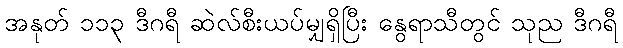
အနုတ် ၁၁၃ ဒီဂရီ ဆဲလ်စီးယပ်မျှရှိပြီး နွေရာသီတွင် သုည ဒီဂရီ